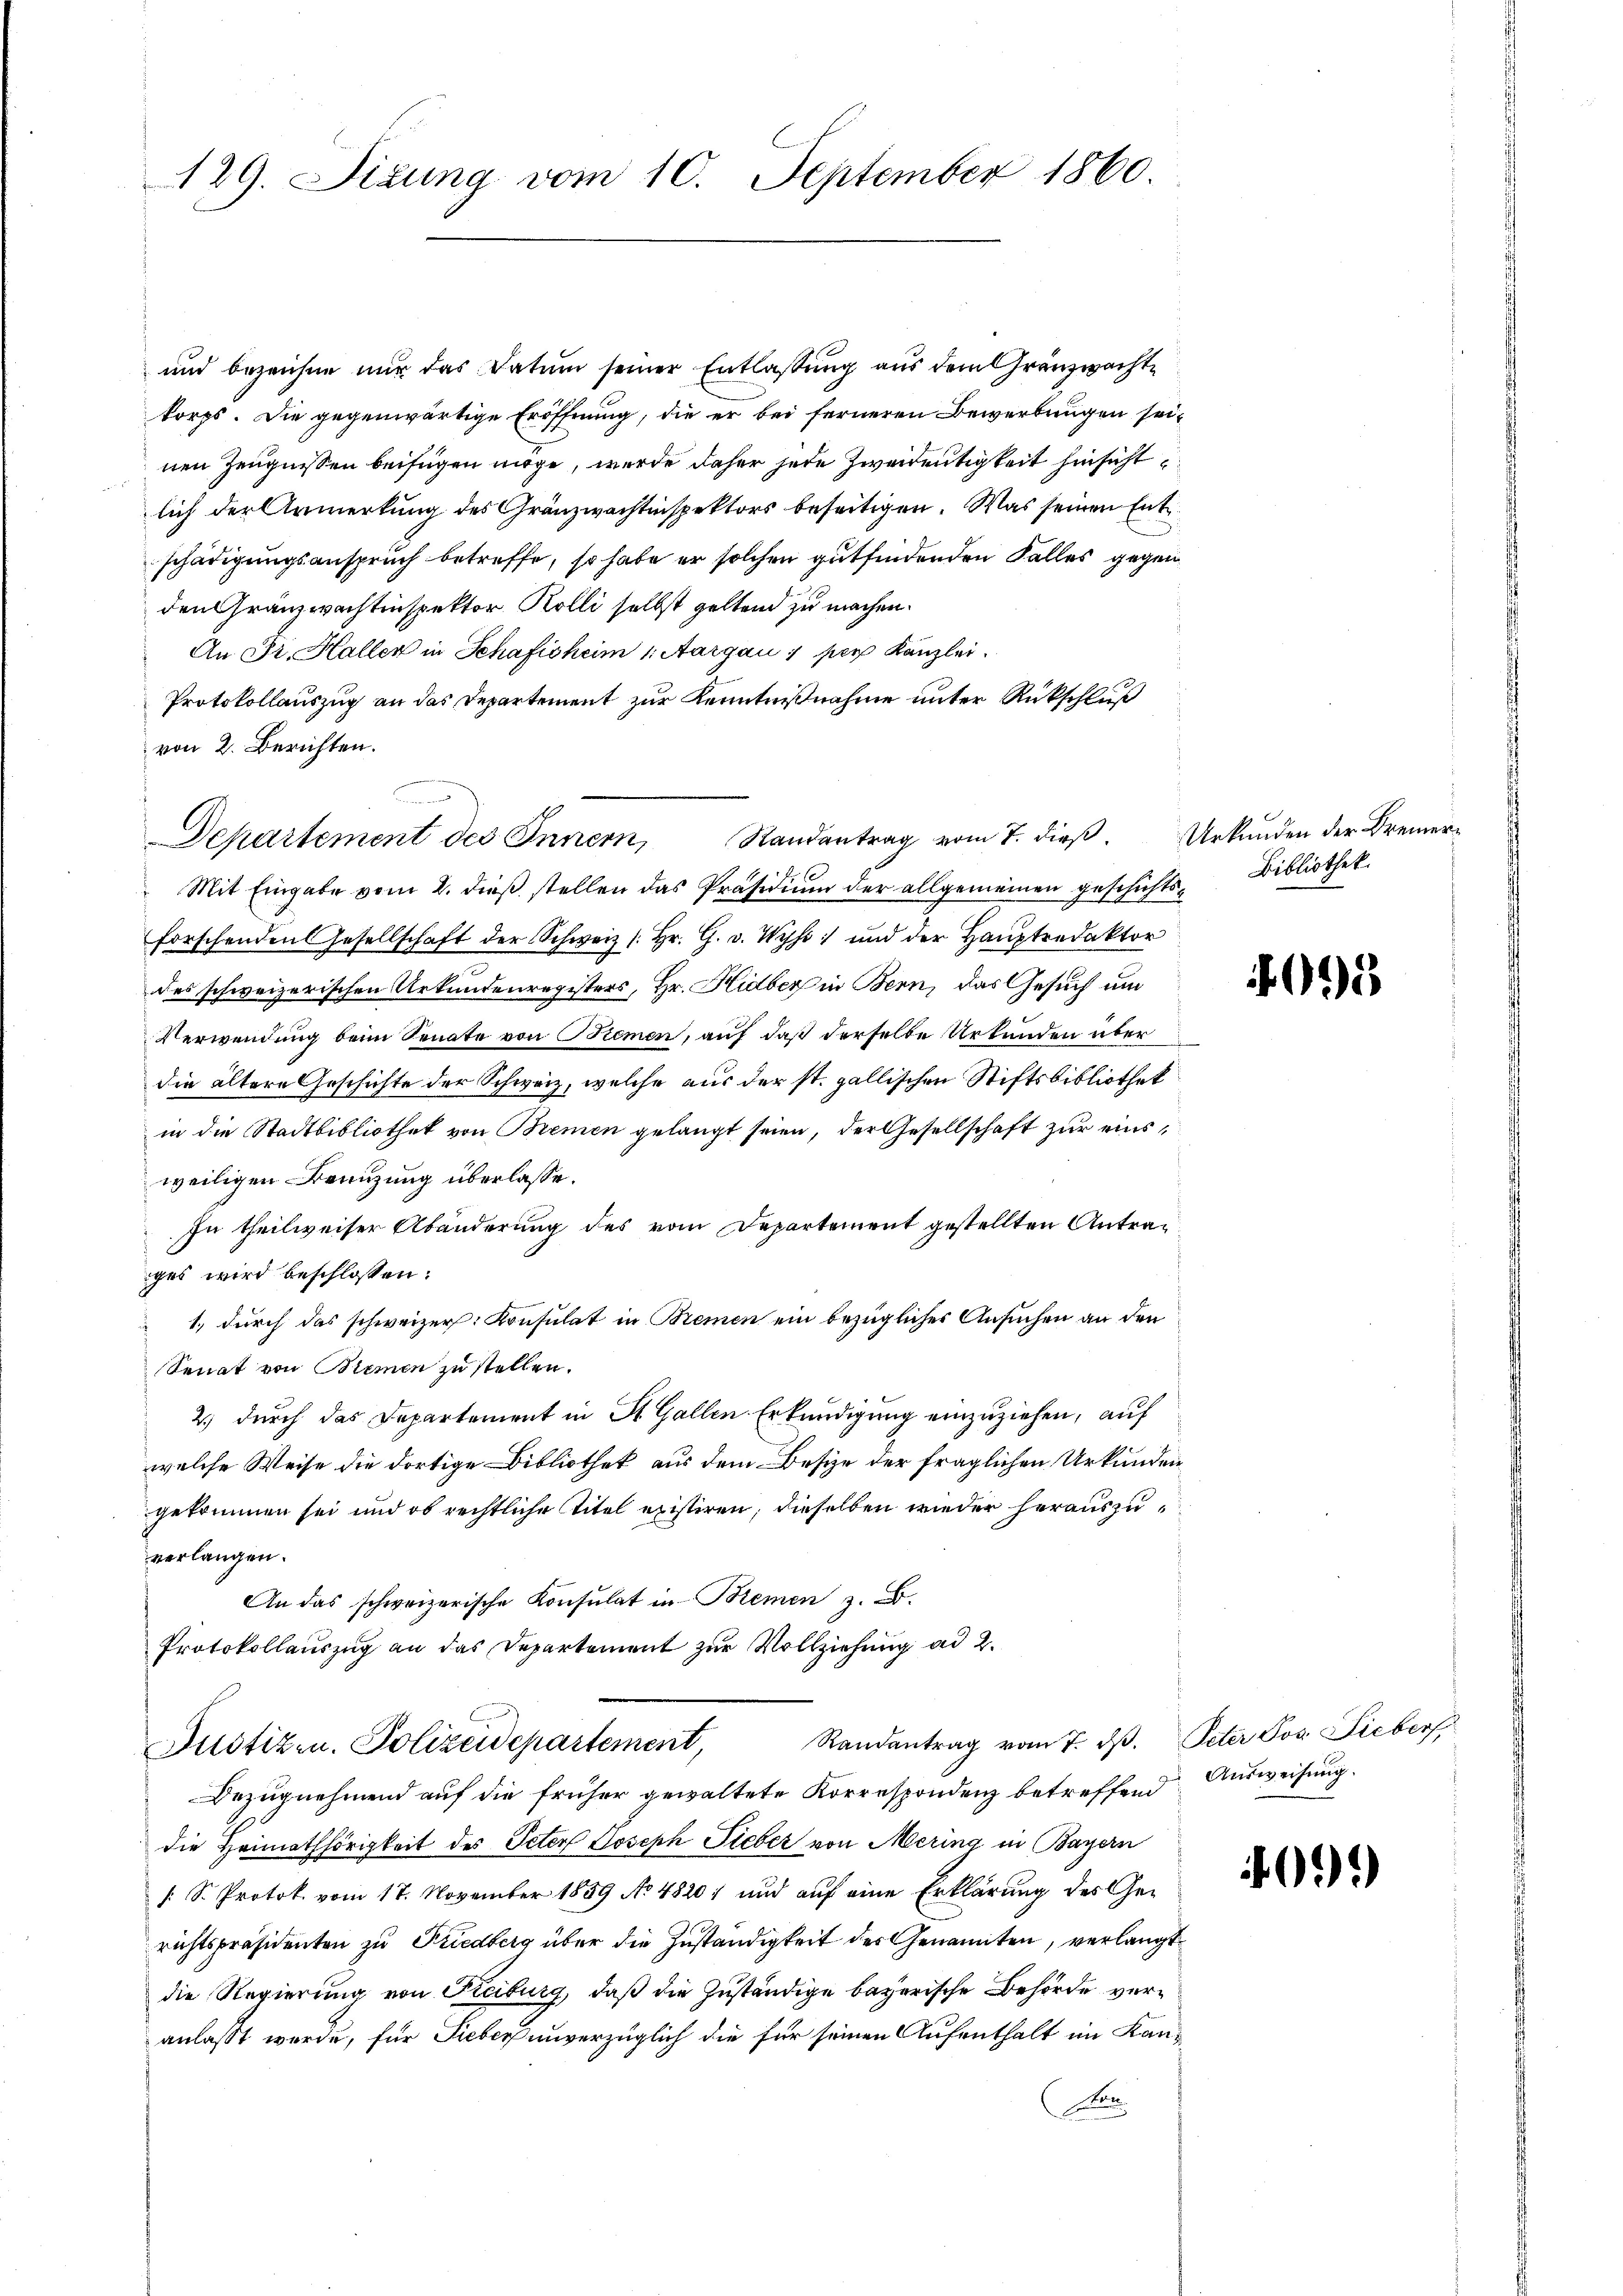
129. Sizung vom 10. September 1860.

und bezeichne nur das Datum seiner Entlassung aus dem Gränzwachte
korps. Die gegenwärtige Eröffnung, die er bei ferneren Bewerbungen seinen Zeugnissen beifügen möge, wurde daher jede Zweitentigkeit hinsichtlich der Armerkung des Gränzwachtinspektors beseitigen. Was seinen Entschädigungsanspruch betreffe, so habe er solchen gutfindenden Falles gegen
den Gränzwachtinspektor Kolli selbst geltend zu machen.
An Fr. Haller in Schafisheim 1. Aargau 1 per Kanzlei.
Protokollauszug an das Departement zur Kenntnißnahme unter Rückschluß
von 2. Berichten.
nieren
Departement des Innern, Randantrag vom 7. dieß. Urkunden der Bremer¬
Mit Eingabe vom 2. dieβ stellen das Präsidiŭm der allgemeinen geschichts Bibliothek
forschenden Gesellschaft der Schweiz (hr. G. v. Wyss und der Haŭptredaktor
des schweizerischen Urkundenregisters, Hr. Hidber in Bern, das Gesuch und
Verwendung beim Senate von Bremen, auf daß derselbe Urkunden über
die ältere Geschichte der Schweiz, welche aus der st. gallischen Stiftsbibliothek
in die Stadtbibliothek von Bremen gelangt seien, der Gesellschaft zur eins
weiligen Benuzung überlasse.
In theilweiser Abänderung des vom Departement gestellten Antraiges wird beschlossen:
1., durch das schweizer. Konsulat in Bremen ein bezüglicher Ansuchen an den
Senat von Blemen zu stellen.
2.) durch das Departement in St. Gallen Erkundigung einzuziehen, auf
welche Weise die dortige Bibliothek aus dem Besize der fraglichen Urkunden
gekommen sei und ob rechtliche Titel existiren; dieselben wieder herauszuverlangen.
An das schweizerische Konsulat in Bremen z. B.
Protokollaŭszŭg an das Departement zŭr Vollziehŭng ad 2.

Justizen. Polizeidepartement, Randantrag vom 7. dβ. Peter Jos. Sieber,

Bezugnehmend auf die früher gewaltete Korrespondenz betreffend Ausweisung
die Heimathörigkeit des Peter Joseph Fieber von Mering in Bayern
[S. Protok. vom 17. November 1859 No 48201 und auf eine Erklärung des Gerichtspräsidenten zu Friedberg über die Zuständigkeit des Genannten, verlangt
die Regierung von Freiburg, daß die Zuständige bayerische Behörde veranlasst wurde, für Sieber unverzüglich die für seinen Aufenthalt im Kanz¬
Fen

095

091)